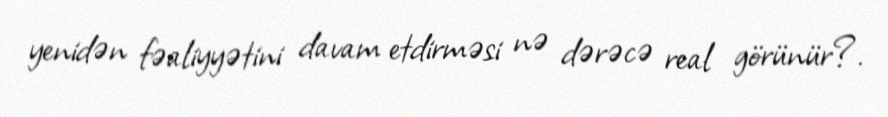
yenidən fəaliyyətini davam etdirməsi nə dərəcə real görünür?.